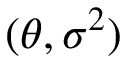
( \theta , \sigma ^ { 2 } )